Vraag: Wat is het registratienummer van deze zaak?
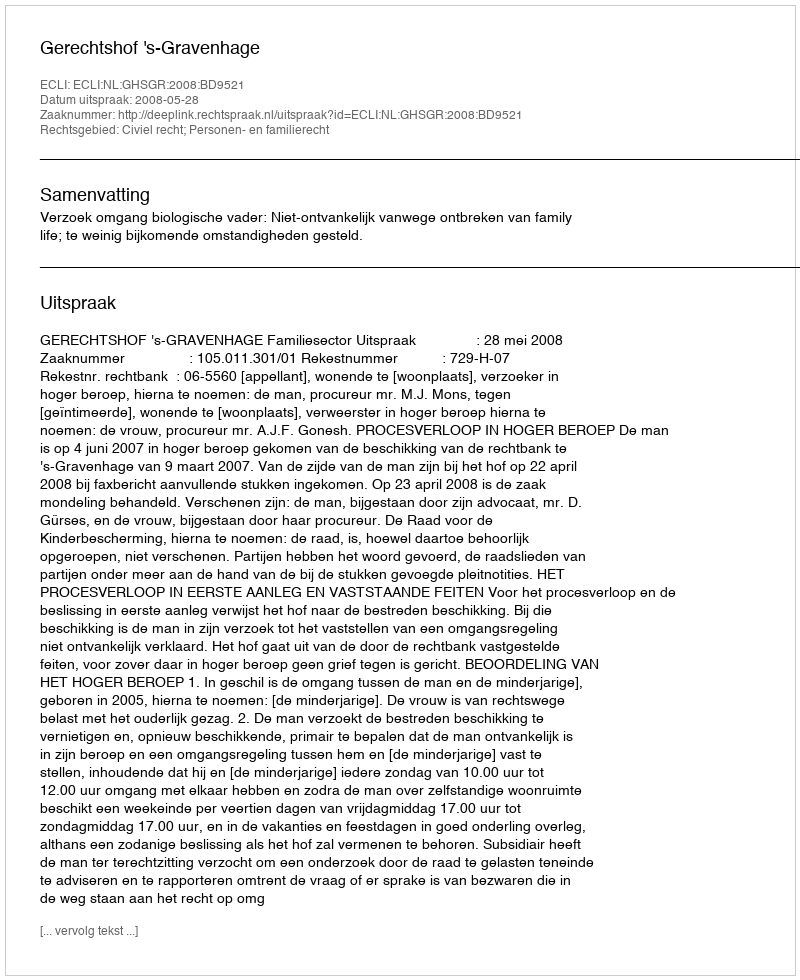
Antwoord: http://deeplink.rechtspraak.nl/uitspraak?id=ECLI:NL:GHSGR:2008:BD9521